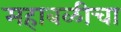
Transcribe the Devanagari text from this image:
महाबळीचा